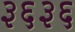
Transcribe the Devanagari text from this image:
३६३६